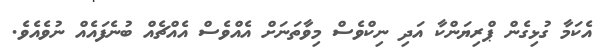
އެކަމާ ގުޅިގެން ޕްރިޔަންކާ އަދި ނިކްވެސް މިވާތަނަށް އެއްވެސް އެއްޗެއް ބުނެފައެއް ނުވެއެވެ.